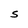
Character: S